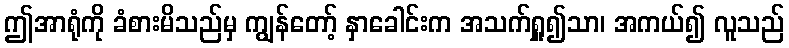
ဤအာရုံကို ခံစားမိသည်မှ ကျွန်တော့် နှာခေါင်းက အသက်ရှူ၍သာ၊ အကယ်၍ လူသည်